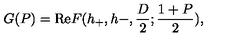
G ( P ) = \mathrm { R e } F ( h _ { + } , h - , \frac D 2 ; \frac { 1 + P } { 2 } ) ,